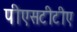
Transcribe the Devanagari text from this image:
पीएसटीटीए